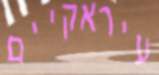
עיראקיים